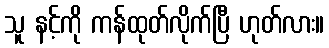
သူ နင့်ကို ကန်ထုတ်လိုက်ပြီ ဟုတ်လား။